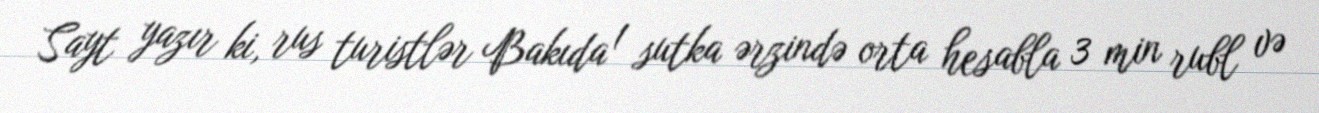
Sayt yazır ki, rus turistlər Bakıda 1 sutka ərzində orta hesabla 3 min rubl və